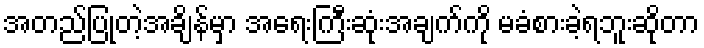
အတည်ပြုတဲ့အချိန်မှာ အရေးကြီးဆုံးအချက်ကို မခံစားခဲ့ရဘူးဆိုတာ